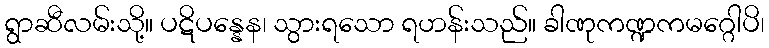
ရွာဆီလမ်းသို့။ ပဋိပန္နေန၊ သွားရသော ရဟန်းသည်။ ခါဏုကဏ္ဍကမဂ္ဂေါပိ၊